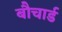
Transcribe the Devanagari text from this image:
बौचार्ड